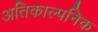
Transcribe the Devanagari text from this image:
अतिकाल्पनिक